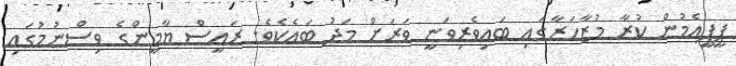
ޕީޕީއެމުން ކުރާ މުޒާހަރާގައި ބައިވެރިވަނީ ވަރަށް މަދު ބައެކެވެ. ރައީސް ޔާމީންގެ ވިސްނުމުގައި